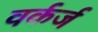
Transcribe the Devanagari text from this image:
वर्कर्ज